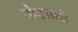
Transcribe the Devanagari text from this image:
सेदानचे